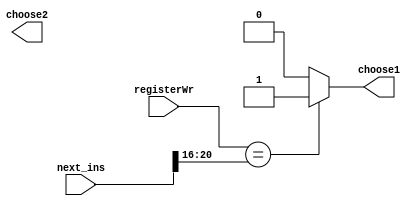
`timescale 1ns / 1ps
//////////////////////////////////////////////////////////////////////////////////
// Company: 
// Engineer: 
// 
// Design Name: 
// Module Name: Forward
// Project Name: 
// Target Devices: 
// Tool Versions: 
// Description: 
// 
// Dependencies: 
// 
// Revision:
// Revision 0.01 - File Created
// Additional Comments:
// 
//////////////////////////////////////////////////////////////////////////////////


module Forward(
    input [4:0] registerWr,
    input [31:0] next_ins,

    output reg choose1,
    output reg choose2

    );
    always@(*)
    begin
        if(registerWr==next_ins[25:21])
        choose1=1;
        else
        choose1=0;

        if(registerWr==next_ins[20:16])
        choose1=1;
        else
        choose1=0;
    end

endmodule